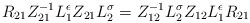
\begin{align*}{R}_{21}Z_{21}^{-1}L_{1}^{\epsilon}Z_{21}L_{2}^{\sigma}= Z_{12}^{-1}L_{2}^{\sigma}Z_{12}L_{1}^{\epsilon}{R}_{21}\end{align*}